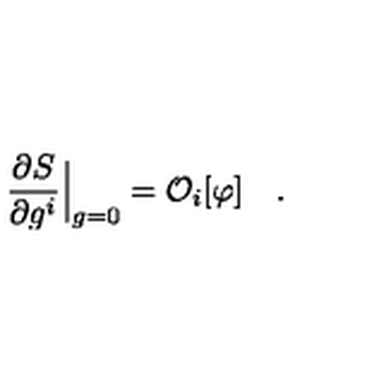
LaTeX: { \frac { \partial S } { \partial g ^ { i } } } \Big | _ { g = 0 } = { \cal O } _ { i } [ \varphi ] \quad .